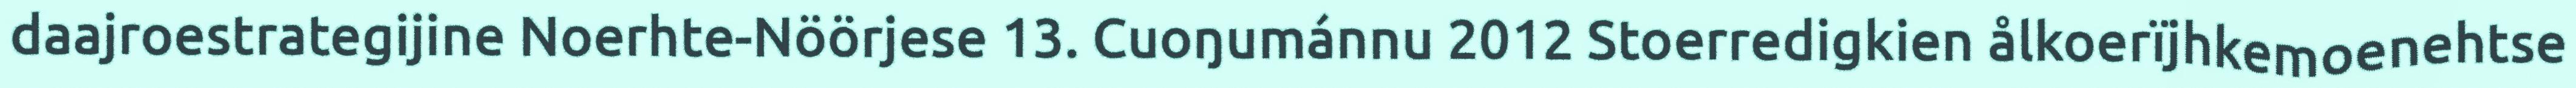
daajroestrategijine Noerhte-Nöörjese 13. Cuoŋumánnu 2012 Stoerredigkien ålkoerïjhkemoenehtse